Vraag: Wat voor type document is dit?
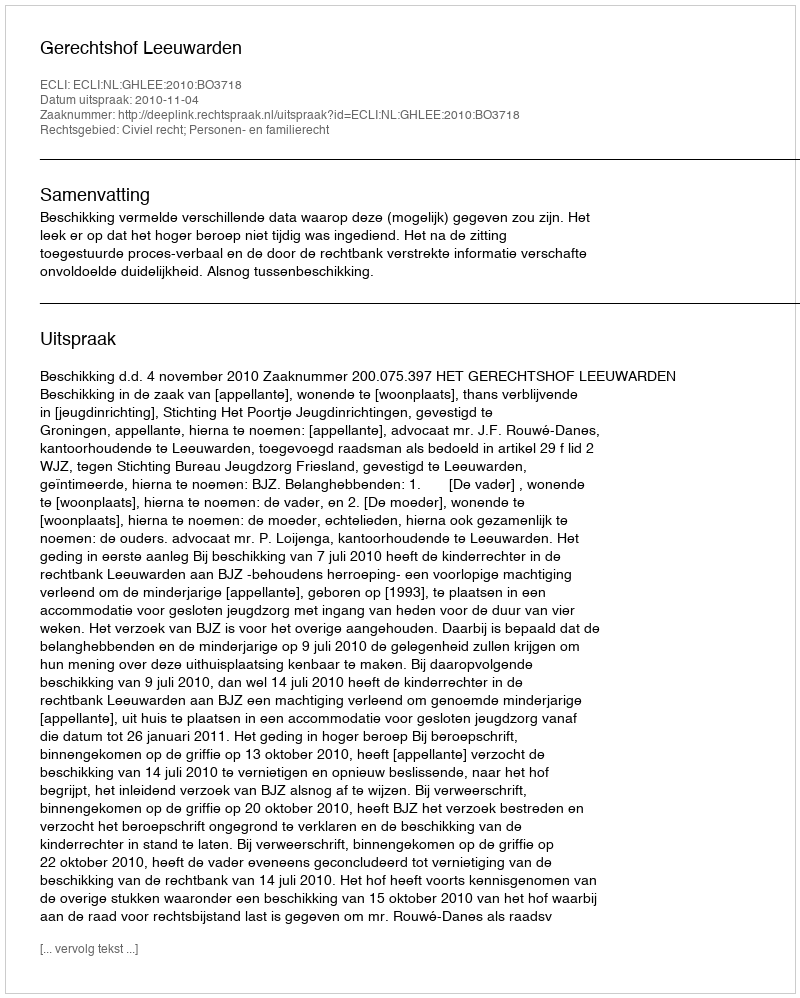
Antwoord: Uitspraak